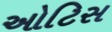
ઓટિસ